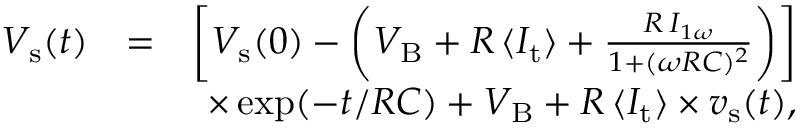
\begin{array} { r l r } { V _ { \mathrm { s } } ( t ) } & { = } & { \bigg [ V _ { \mathrm { s } } ( 0 ) - \bigg ( V _ { \mathrm { B } } + R \, \langle I _ { \mathrm { t } } \rangle + \frac { R \, I _ { 1 \omega } } { 1 + ( \omega R C ) ^ { 2 } } \bigg ) \bigg ] } \\ & { } & { \times \exp ( - t / R C ) + V _ { \mathrm { B } } + R \, \langle I _ { \mathrm { t } } \rangle \times v _ { \mathrm { s } } ( t ) , } \end{array}